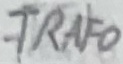
Text: TRAFO